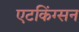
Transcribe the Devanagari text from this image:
एटकिंग्सन